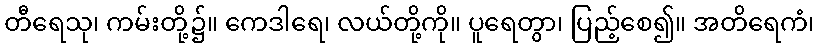
တီရေသု၊ ကမ်းတို့၌။ ကေဒါရေ၊ လယ်တို့ကို။ ပူရေတွာ၊ ပြည့်စေ၍။ အတိရေကံ၊